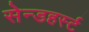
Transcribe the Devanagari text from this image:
सेन्डहर्स्ट